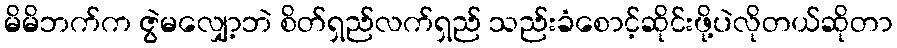
မိမိဘက်က ဇွဲမလျှော့ဘဲ စိတ်ရှည်လက်ရှည် သည်းခံစောင့်ဆိုင်းဖို့ပဲလိုတယ်ဆိုတာ